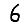
Digit: 6